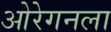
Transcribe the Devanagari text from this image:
ओरेगनला